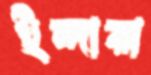
ইন্দারা